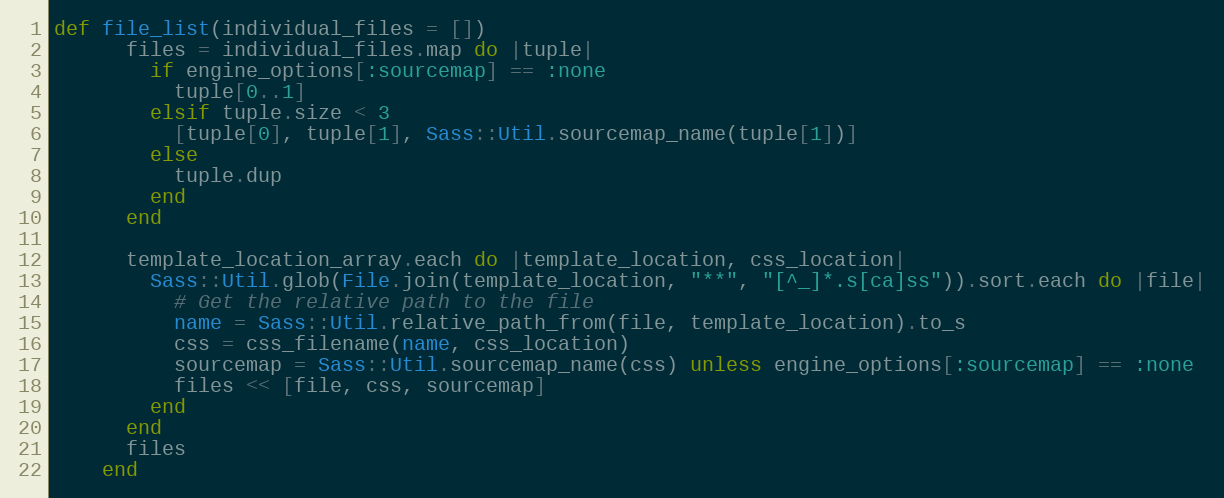
Language: Ruby
def file_list(individual_files = [])
      files = individual_files.map do |tuple|
        if engine_options[:sourcemap] == :none
          tuple[0..1]
        elsif tuple.size < 3
          [tuple[0], tuple[1], Sass::Util.sourcemap_name(tuple[1])]
        else
          tuple.dup
        end
      end

      template_location_array.each do |template_location, css_location|
        Sass::Util.glob(File.join(template_location, "**", "[^_]*.s[ca]ss")).sort.each do |file|
          # Get the relative path to the file
          name = Sass::Util.relative_path_from(file, template_location).to_s
          css = css_filename(name, css_location)
          sourcemap = Sass::Util.sourcemap_name(css) unless engine_options[:sourcemap] == :none
          files << [file, css, sourcemap]
        end
      end
      files
    end